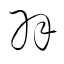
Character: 羽